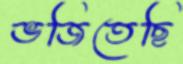
ভজিতেছি